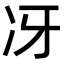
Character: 冴